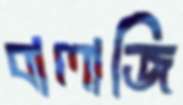
বালাজি